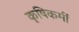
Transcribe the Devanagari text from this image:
कृषिकर्मी